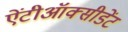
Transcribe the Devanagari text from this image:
ऐंटीऑक्सीडेंट